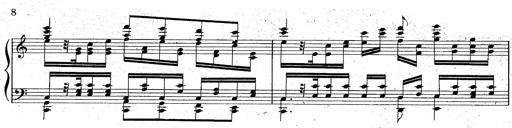
Title: God Save the Queen
Composer: Charles LÃ©on Hess
Key: A major